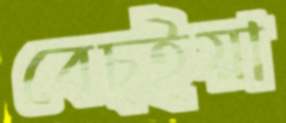
বেচ্ইয়া